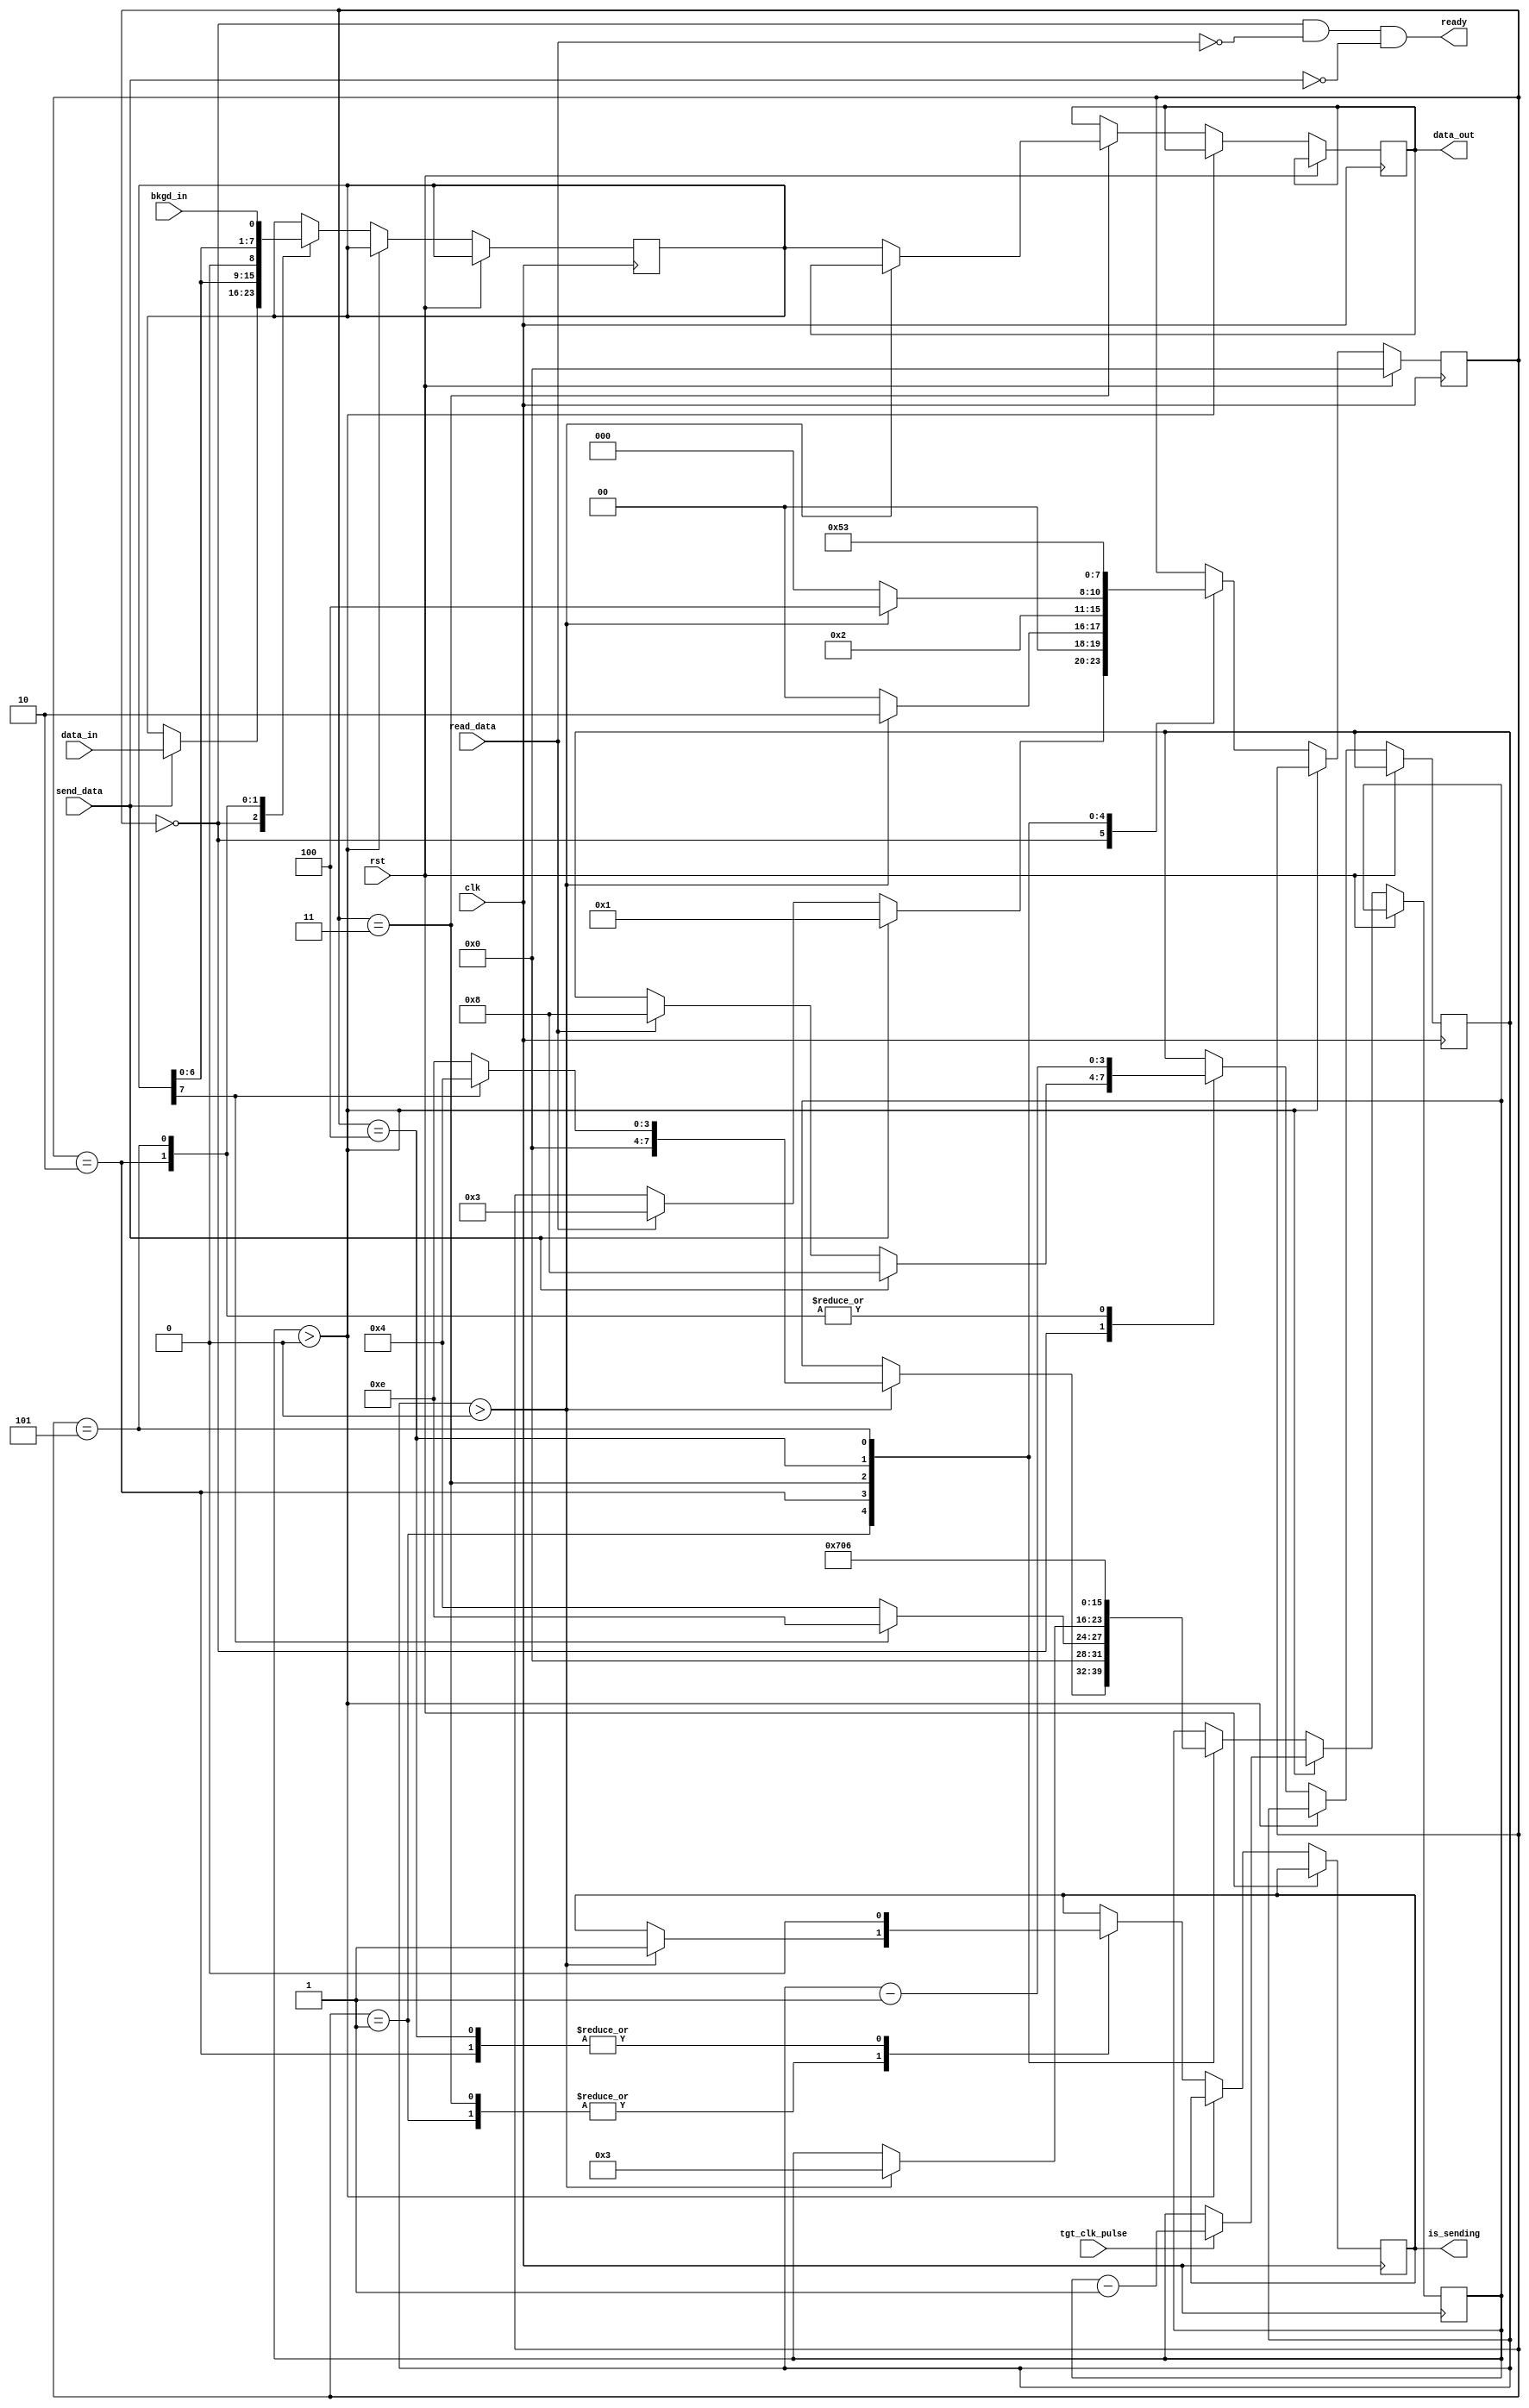
`timescale 1ns / 1ps
//////////////////////////////////////////////////////////////////////////////////
// Company: 
// Engineer: 
// 
// Design Name: 
// Module Name:    bdc_interface 
// Project Name: 
// Target Devices: 
// Tool versions: 
// Description: 
//
// Dependencies: 
//
// Revision: 
// Revision 0.01 - File Created
// Additional Comments: 
//
//////////////////////////////////////////////////////////////////////////////////
module bdc_interface(
	input clk,
	input rst,
	output reg is_sending,
	input bkgd_in,
	input tgt_clk_pulse,
	input [7:0] data_in,
	input send_data,
	output reg [7:0] data_out,
	input read_data,
	output ready
);

`define STATE_IDLE 0
`define STATE_SENDING 1
`define STATE_SEND_WAITING_FOR_NEXT_BITTIME 2
`define STATE_RECEIVING 3
`define STATE_RECEIVING_WAIT_FOR_REPLY 4
`define STATE_RECEIVING_WAIT_FOR_BITTIME 5

reg [3:0] state;
reg [7:0] tgt_clk_timer;

reg [7:0] data;
reg [3:0] bitsleft;

assign ready = state == `STATE_IDLE && !read_data && !send_data;

//assign data_out = 0;

always @(posedge clk) begin
	if (rst) begin
		state <= `STATE_IDLE;
	end else if (tgt_clk_timer > 0) begin
		if (tgt_clk_pulse) begin
			tgt_clk_timer <= tgt_clk_timer - 1;
		end
	end else begin
		case (state)
		`STATE_IDLE: begin
			if (send_data) begin
				state <= `STATE_SENDING;
				data <= data_in;
				bitsleft <= 8;
			end else if (read_data) begin
				state <= `STATE_RECEIVING;
				bitsleft <= 8;
			end
		end
		
		`STATE_SENDING: begin
			if (bitsleft > 0) begin
				state <= `STATE_SEND_WAITING_FOR_NEXT_BITTIME;
				is_sending <= 1;
				if (data[7]) begin
					tgt_clk_timer <= 4;
				end else begin
					tgt_clk_timer <= 14;
				end
			end else begin
				state <= `STATE_IDLE;
			end
		end
		
		`STATE_SEND_WAITING_FOR_NEXT_BITTIME: begin
			is_sending <= 0;
			if (data[7]) begin
				tgt_clk_timer <= 14;
			end else begin
				tgt_clk_timer <= 4;
			end
			state <= `STATE_SENDING;
			bitsleft <= bitsleft - 1;
			data <= {data[6:0], 1'd0};
		end
		
		`STATE_RECEIVING: begin
			if (bitsleft > 0) begin
				is_sending <= 1;
				tgt_clk_timer <= 3;
				state <= `STATE_RECEIVING_WAIT_FOR_REPLY;
			end else begin
				data_out <= data;
				state <= `STATE_IDLE;
			end
		end
		
		`STATE_RECEIVING_WAIT_FOR_REPLY: begin
			is_sending <= 0;
			tgt_clk_timer <= 7;
			state <= `STATE_RECEIVING_WAIT_FOR_BITTIME;
		end
		
		`STATE_RECEIVING_WAIT_FOR_BITTIME: begin
			data <= {data[6:0], bkgd_in};
			bitsleft <= bitsleft - 1;
			tgt_clk_timer <= 6;
			state <= `STATE_RECEIVING;
		end
		endcase
	end
end

endmodule